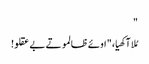
"
مُلا آکھیا، " اوئے ظالمو تے بے عقلو!